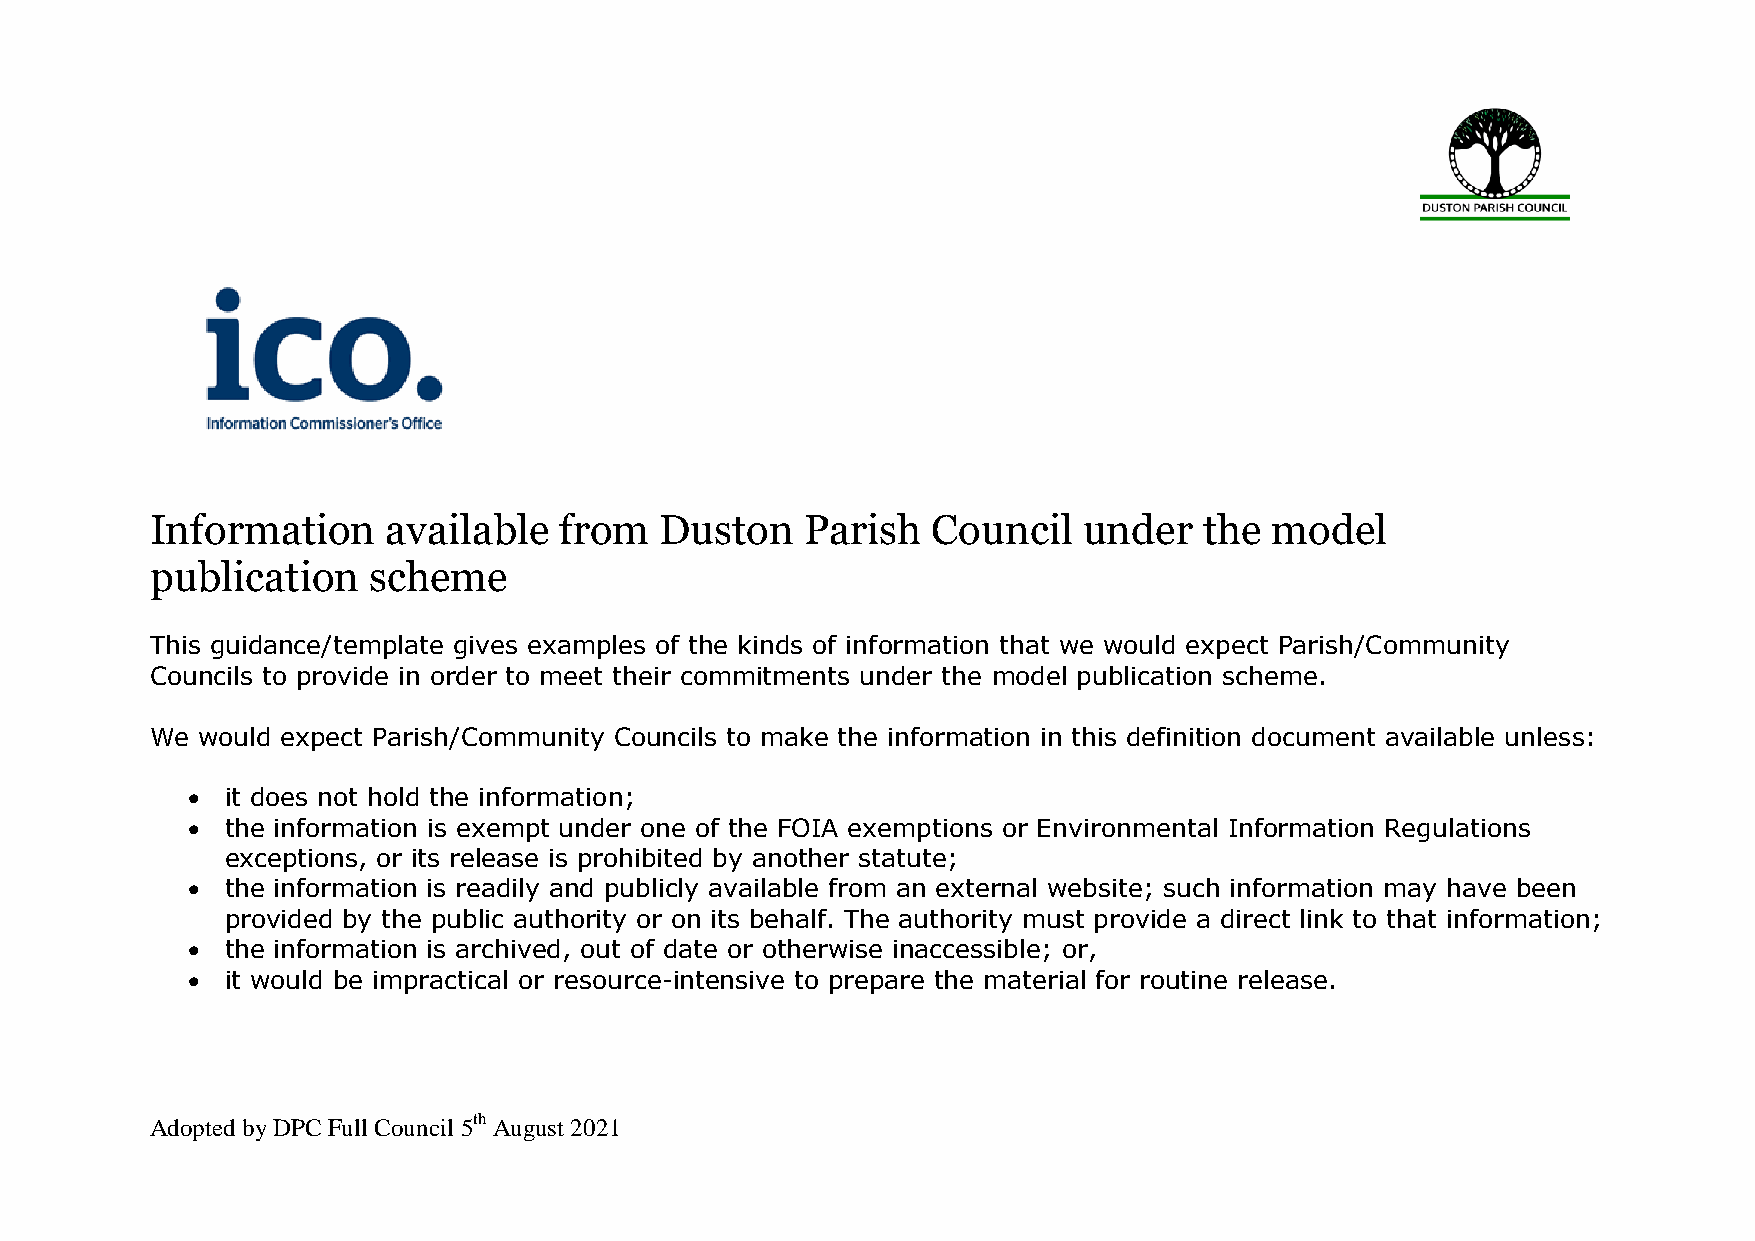
Information     available  from   Duston   Parish   Council   under   the model
 publication   scheme
 This guidance/template gives examples of the kinds of information that we would expect Parish/Community
 Councils to provide in order to meet their commitments under the model publication scheme.
 We would expect Parish/Community Councils to make the information in this definition document available unless:
   it does not hold the information;
   the information is exempt under one of the FOIA exemptions or Environmental Information Regulations
 exceptions, or its release is prohibited by another statute;
   the information is readily and publicly available from an external website; such information may have been
 provided by the public authority or on its behalf. The authority must provide a direct link to that information;
   the information is archived, out of date or otherwise inaccessible; or,
   it would be impractical or resource-intensive to prepare the material for routine release.
 Adopted by DPC Full Council 5th August 2021